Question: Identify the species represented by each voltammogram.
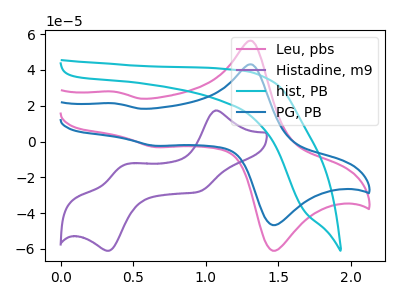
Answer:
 <answer>The pink curve is labeled "Leu, pbs". The purple curve is labeled "Histadine, m9". The cyan curve is labeled "hist, PB". The blue curve is labeled "PG, PB".</answer>
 <eval></eval>